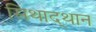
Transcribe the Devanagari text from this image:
सिथाद्थान